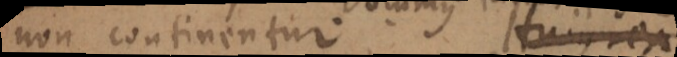
non continentur. Hujus